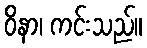
ဝိနာ၊ ကင်းသည်။